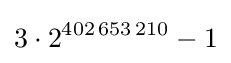
3\cdot 2^{402\,653\,210}-1